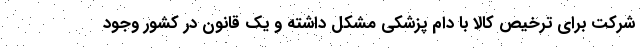
شرکت برای ترخیص کالا با دام پزشکی مشکل داشته و یک قانون در کشور وجود